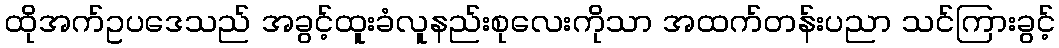
ထိုအက်ဥပဒေသည် အခွင့်ထူးခံလူနည်းစုလေးကိုသာ အထက်တန်းပညာ သင်ကြားခွင့်